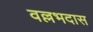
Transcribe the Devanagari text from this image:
वल्लभदास